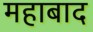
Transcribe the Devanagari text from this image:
महाबाद